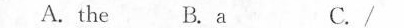
A. the B. a C. /